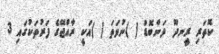
ކޮތަރި ރީނދޫ ދަންބޮޑު ( )ނުވަތަ ( )އަކީ ރާއްޖޭގެ ފަރުތަކުގައި 3